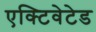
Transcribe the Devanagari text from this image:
एक्टिवेटेड